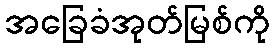
အခြေခံအုတ်မြစ်ကို